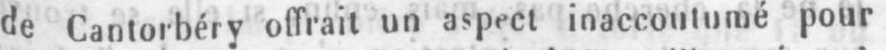
de Cantorbéry offrait un aspect inaccoutumé pour